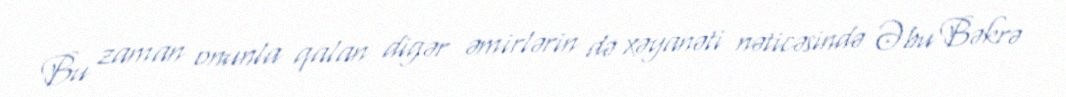
Bu zaman onunla qalan digər əmirlərin də xəyanəti nəticəsində Əbu Bəkrə